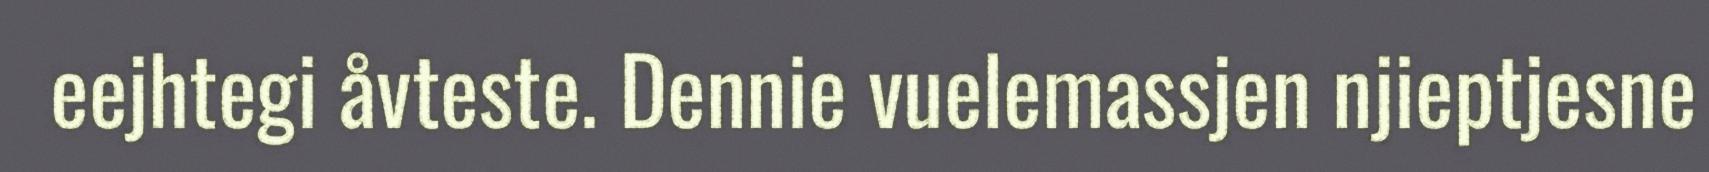
eejhtegi åvteste. Dennie vuelemassjen njieptjesne